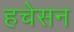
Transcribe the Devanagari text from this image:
हचेसन